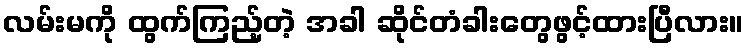
လမ်းမကို ထွက်ကြည့်တဲ့ အခါ ဆိုင်တံခါးတွေဖွင့်ထားပြီလား။